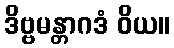
ဒိဗ္ဗမန္တာဂဒံ ဝိယ။